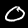
Label: 0